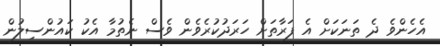
އެހެންވެ ދެ ތަނަކަށް އެ ފަރާތަށް ހަރަދުކުރެވެން ވެސް ނެތުމާ އެކު ކައުންސިލުން